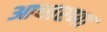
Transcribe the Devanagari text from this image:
आधारणा